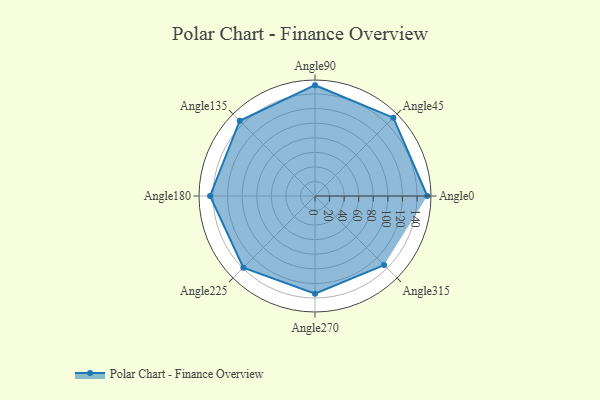
{"axis": {"x": "Angle", "y": "Radius"}, "legend": [""], "data": [{"x": "Angle0", "y": 154.0, "type": ""}, {"x": "Angle45", "y": 152.0, "type": ""}, {"x": "Angle90", "y": 152.0, "type": ""}, {"x": "Angle135", "y": 146.0, "type": ""}, {"x": "Angle180", "y": 144.0, "type": ""}, {"x": "Angle225", "y": 139.0, "type": ""}, {"x": "Angle270", "y": 134.0, "type": ""}, {"x": "Angle315", "y": 134.0, "type": ""}]}